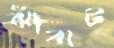
ঝাঁঝট